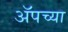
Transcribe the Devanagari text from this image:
अॅपच्या